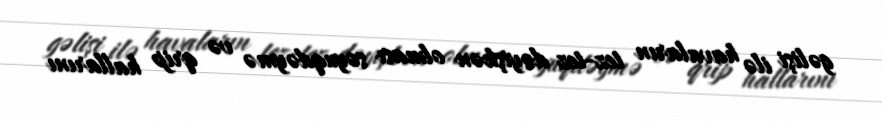
gəlişi ilə havaların tez-tez dəyişkən olması soyuqdəymə və qrip hallarını